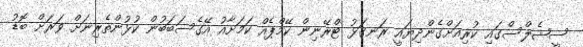
ސީޝެލްސްގައި ކުރިއަށްގެންދިޔައީ ރަނގަޅު ޓްރޭނިން ކޭމްޕެއް ކަމަށާއު އޭގެސަބަބުން ކުޅުންތެރިނަށް ވަރަށް ބޮޑު